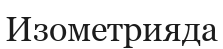
Изометрияда